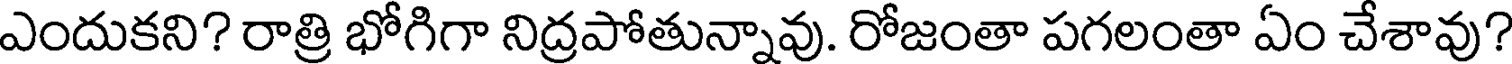
ఎందుకని? రాత్రి భోగిగా నిద్రపోతున్నావు. రోజంతా పగలంతా ఏం చేశావు?